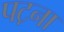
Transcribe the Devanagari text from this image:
पट़ना